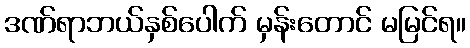
ဒဏ်ရာဘယ်နှစ်ပေါက် မှန်းတောင် မမြင်ရ။